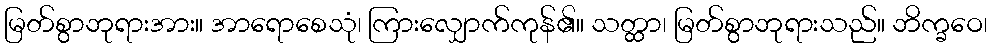
မြတ်စွာဘုရားအား။ အာရောစေသုံ၊ ကြားလျှောက်ကုန်၏။ သတ္ထာ၊ မြတ်စွာဘုရားသည်။ ဘိက္ခဝေ၊